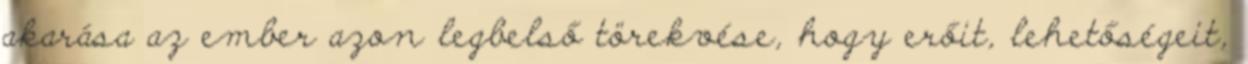
akarása az ember azon legbelső törekvése, hogy erőit, lehetőségeit,